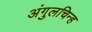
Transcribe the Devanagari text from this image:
अंगुलचिन्ह